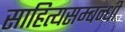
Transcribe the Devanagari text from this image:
साहित्यसम्बन्धी